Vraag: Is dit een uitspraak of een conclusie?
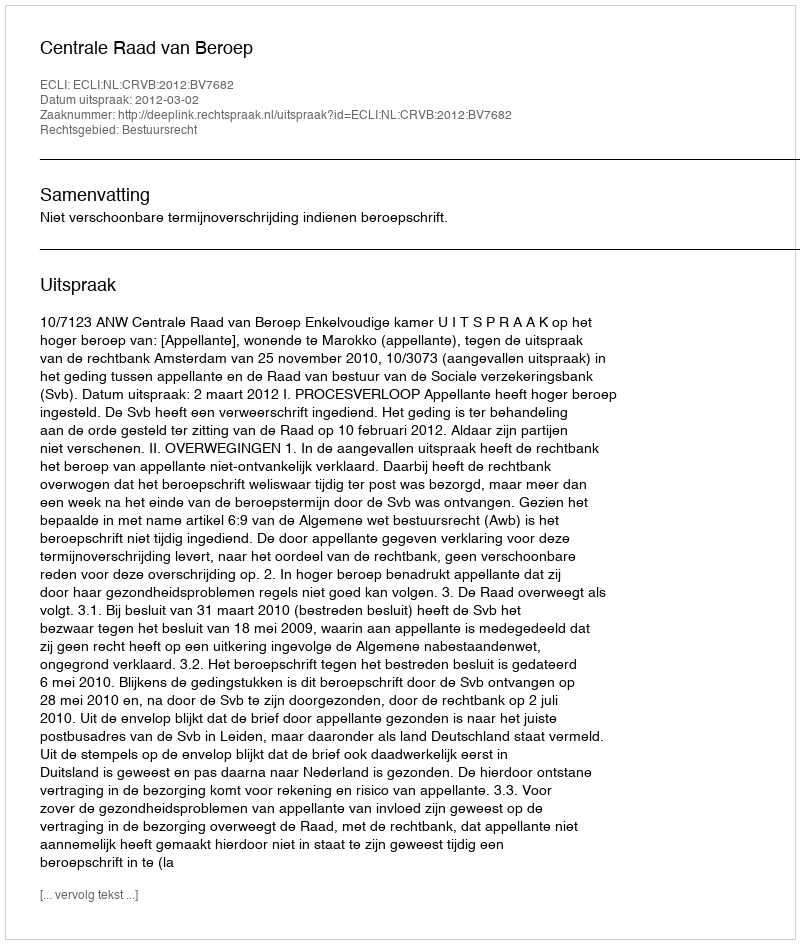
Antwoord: Uitspraak